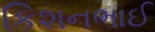
કિશનભાઈ